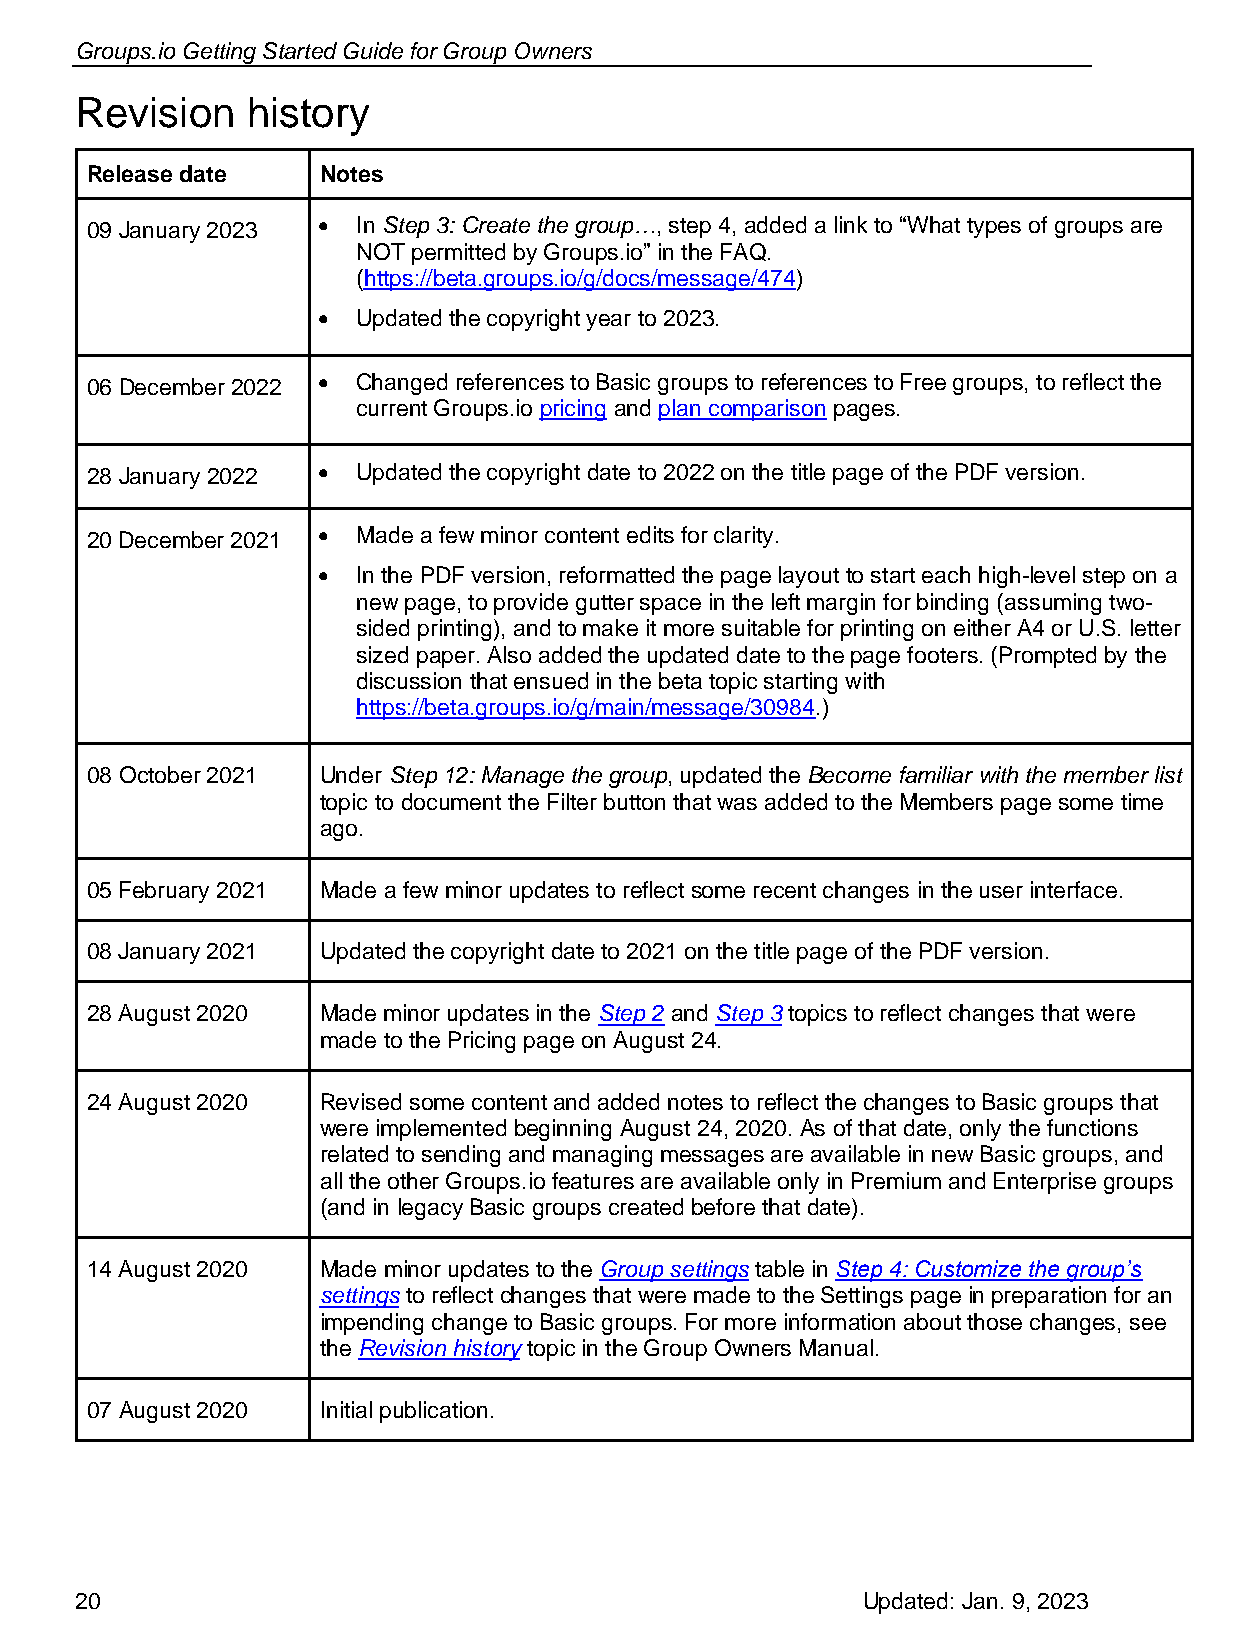
Groups.io Getting Started Guide for Group Owners
 Revision   history
 Release date   Notes
 09 January 2023 • In Step 3: Create the group…, step 4, added a link to “What types of groups are
 NOT permitted by Groups.io” in the FAQ.
 (https://beta.groups.io/g/docs/message/474)
 •  Updated the copyright year to 2023.
 06 December 2022 • Changed references to Basic groups to references to Free groups, to reflect the
 current Groups.io pricing and plan comparison pages.
 28 January 2022 • Updated the copyright date to 2022 on the title page of the PDF version.
 20 December 2021 • Made a few minor content edits for clarity.
 •  In the PDF version, reformatted the page layout to start each high-level step on a
 new page, to provide gutter space in the left margin for binding (assuming two-
 sided printing), and to make it more suitable for printing on either A4 or U.S. letter
 sized paper. Also added the updated date to the page footers. (Prompted by the
 discussion that ensued in the beta topic starting with
 https://beta.groups.io/g/main/message/30984.)
 08 October 2021 Under Step 12: Manage the group, updated the Become familiar with the member list
 topic to document the Filter button that was added to the Members page some time
 ago.
 05 February 2021 Made a few minor updates to reflect some recent changes in the user interface.
 08 January 2021 Updated the copyright date to 2021 on the title page of the PDF version.
 28 August 2020 Made minor updates in the Step 2 and Step 3 topics to reflect changes that were
 made to the Pricing page on August 24.
 24 August 2020 Revised some content and added notes to reflect the changes to Basic groups that
 were implemented beginning August 24, 2020. As of that date, only the functions
 related to sending and managing messages are available in new Basic groups, and
 all the other Groups.io features are available only in Premium and Enterprise groups
 (and in legacy Basic groups created before that date).
 14 August 2020 Made minor updates to the Group settings table in Step 4: Customize the group’s
 settings to reflect changes that were made to the Settings page in preparation for an
 impending change to Basic groups. For more information about those changes, see
 the Revision history topic in the Group Owners Manual.
 07 August 2020 Initial publication.
 20                                                  Updated: Jan. 9, 2023